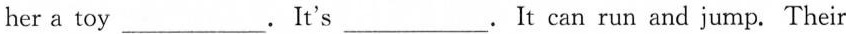
her a toy ___.It's___. It can run and jump. Their